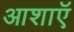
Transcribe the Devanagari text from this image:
आशाऍ